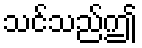
သင်သည်ဤ